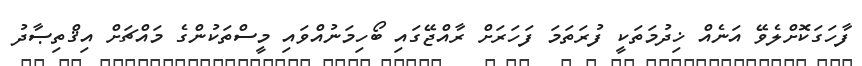
ފާހަގަކޮށްލެވޭ އަނެއް ޚިދުމަތަކީ ފުރަތަމަ ފަހަރަށް ރާއްޖޭގައި ބޯހިމަނުއްވައި މީސްތަކުންގެ މައްޗަށް އިޤްތިޞާދު